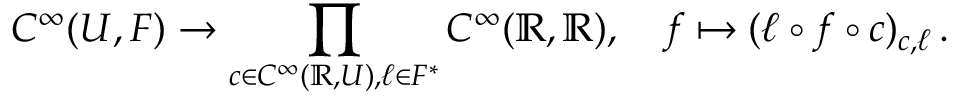
C ^ { \infty } ( U , F ) \to \prod _ { c \in C ^ { \infty } ( \mathbb { R } , U ) , \ell \in F ^ { * } } C ^ { \infty } ( \mathbb { R } , \mathbb { R } ) , \quad f \mapsto ( \ell \circ f \circ c ) _ { c , \ell } \, .